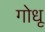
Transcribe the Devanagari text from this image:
गोधू